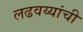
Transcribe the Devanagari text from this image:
लढवय्यांची